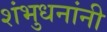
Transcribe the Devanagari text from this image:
शंभुधनांनी